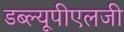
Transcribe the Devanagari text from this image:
डब्ल्यूपीएलजी